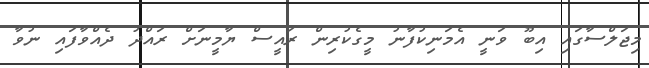
މިޖަލްސާގައި އިބޫ ވަނީ އެމަނިކުފާނު މީގެކުރިން ރައީސް ޔާމީނަށް ރައްދު ދެއްވާފައި ނުވާ